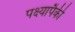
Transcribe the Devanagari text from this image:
पक्ष्यापैकी